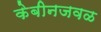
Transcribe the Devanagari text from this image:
केबीनजवळ